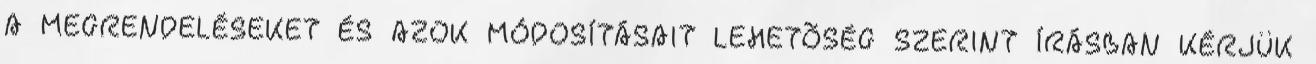
A MEGRENDELÉSEKET ÉS AZOK MÓDOSÍTÁSAIT LEHETÕSÉG SZERINT ÍRÁSBAN KÉRJÜK